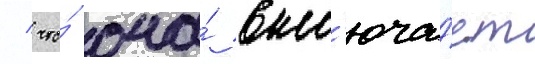
/ что́ она́ вкл'юча́ет